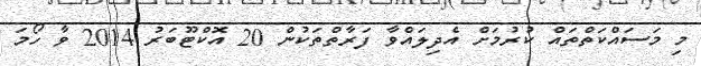
މި މަސައްކަތްތައް ކުރުމަށް އެދިލައްވާ ފަރާތްތަކުން 20 އޮކްޓޫބަރު 2014 ވާ ހޯމަ